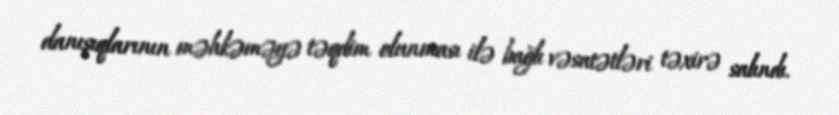
danışıqlarının məhkəməyə təqdim olunması ilə bağlı vəsatətləri təxirə salındı.